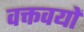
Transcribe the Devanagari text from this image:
वक्तवयों